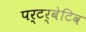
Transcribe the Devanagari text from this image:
पर्टर्बेटिव